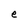
Character: e